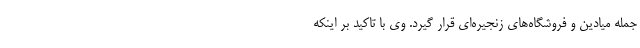
جمله میادین و فروشگاه‌های زنجیره‌ای قرار گیرد. وی با تاکید بر اینکه